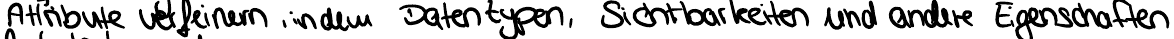
Attribute verfeinern in den Datentypen, Sichtbarkeiten und andere Eigenschaften